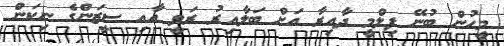
މީހުން ބުނޭ ފިލްމީ ދާއިރާ އަށް ބަލާއިރު ރަވީ އާއި ސީޒަންގެ ނިކަން